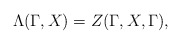
\begin{align*}\Lambda (\Gamma ,X)=Z(\Gamma ,X,\Gamma ), \end{align*}